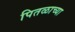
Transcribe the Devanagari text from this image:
पितळाच्या